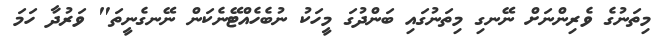
މިތަނުގެ ވެރިންނަށް ނޭނގި މިތަނުގައި ބަންދުގަ މީހަކު ނުބެހެއްޓޭނެކަން ނޭނގެނީތަ" ވަރުދާ ހަމަ